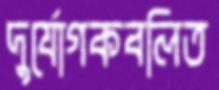
দুর্যোগকবলিত